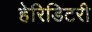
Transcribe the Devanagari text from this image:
हेरिडिटरी